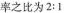
率之比为2:1